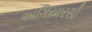
અગિયારસો